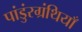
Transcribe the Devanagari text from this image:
पांडुंरग्रंथियाँ